Annual statistical returns and brief notes on vaccination in Bengal - 1909-1929
Year: 1909
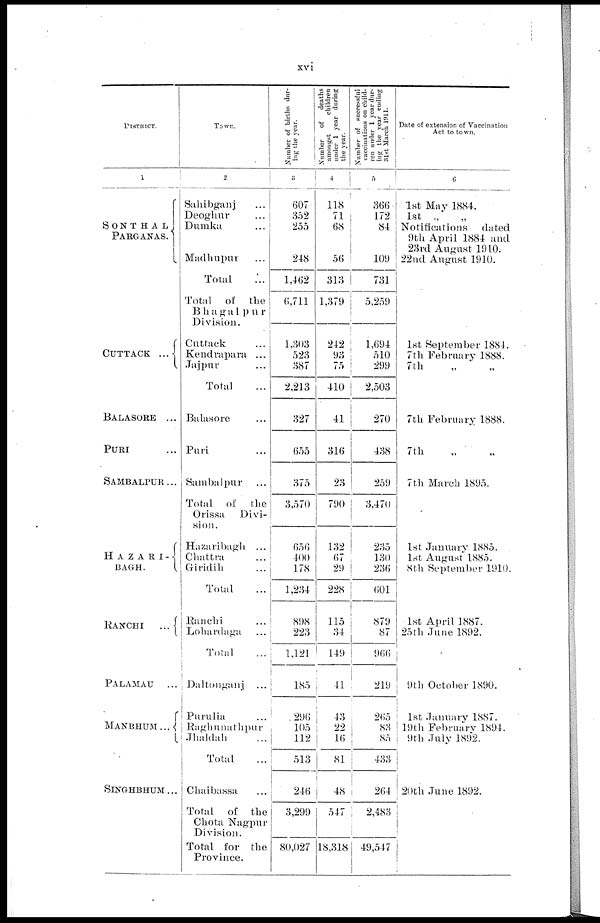
xvi
DISTRICT.
1
SONTHAL
PARGANAS.
CUTTACK
...
BALASORE
...
PURI ...
SAMBALPUR...
HAZARI-
BAGH.
RANCHI
...
PALAMAU
...
MANBHUM
...
SINGHBHUM...
Town.
2
Sahibganj ...
Deoghur ...
Dumka ...
Madhupur ...
Total ...
Total of the
Bhagalpur
Division.
Cuttack ...
Kendrapara ...
Tajpur ...
Total ...
Balasore ...
Puri ...
Sambalpur ...
Total of the
Orissa
Divi-
sion.
Hazaribagh ...
Chattra ...
Giridih ...
Total ...
Ranchi ...
Lohardaga ...
Total ...
Daltonganj ...
Purulia ...
Raghunathpur
Jhaldah ...
Total ...
Chaibassa ...
Total of the
Chota Nagpur
Division.
Total for the
Province.
Number of births dur-
ing the year.
3
607
352
255
248
1,462
6,711
1,303
523
387
2,213
327
655
375
3,570
656
400
178
1,234
898
223
1,121
185
296
105
112
513
246
3,299
80,027
Number of deaths
amongst
children
under 1 year during
the year.
4
118
71
68
56
313
1,379
242
93
75
410
41
316
23
790
132
67
29
228
115
34
149
41
43
22
16
81
48
547
18,318
Number of successful
vaccinations on child-
ren under 1 year dur-
ing the year ending
31st March 1911.
5
366
172
84
109
731
5,259
1,694
510
299
2,503
270
438
259
3,470
235
130
236
601
879
87
966
219
265
83
85
433
264
2,483
49,547
Date of extension of Vaccination
Act to town.
6
1st May 1884.
1st „ „
Notifications
dated
9th April 1884 and
23rd August 1910.
22nd August 1910.
1st September 1884.
7th February 1888.
7 th
7th February 1888.
7th
7th March 1895.
1st January 1885.
1st August 1885.
8th September 1910.
1st April 1887.
25th June 1892.
9th October 1890.
1st January 1887.
19th February 1894.
9th July 1892.
20th June 1892.